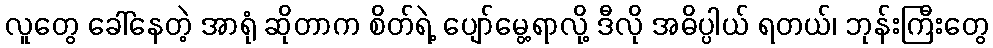
လူတွေ ခေါ်နေတဲ့ အာရုံ ဆိုတာက စိတ်ရဲ့ ပျော်မွေ့ရာလို့ ဒီလို အဓိပ္ပါယ် ရတယ်၊ ဘုန်းကြီးတွေ